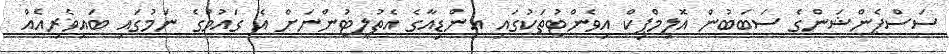
ސަސްޕެންޝަންގެ ސަބަބުން އޮލިމްޕިކް އިވެންޓުތަކުގައި އިންޑިއާގެ އެތުލީޓުންނަށް އެ ގައުމުގެ ނަމުގައި ބައިވެރިއެއް